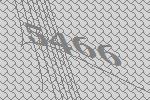
5466